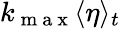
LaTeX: k_{\mathrm{~m~a~x~}}\langle\eta\rangle_{t}